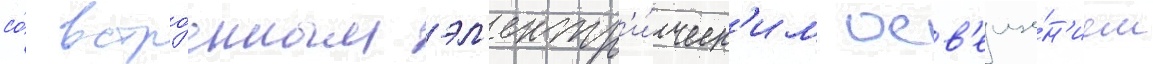
со́ встро́енным эл'ектр'и́ческ'им осв'еще́н'ием